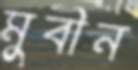
মুবীন